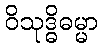
ဝိသုဒ္ဓိဓမ္မာ